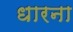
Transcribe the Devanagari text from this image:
धारना